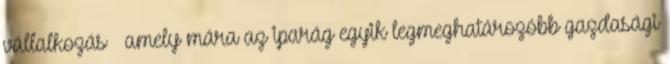
vállalkozás – amely mára az iparág egyik legmeghatározóbb gazdasági